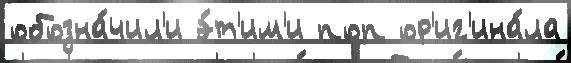
обозна́чил'и э́т'им'и поп ор'иг'ина́ла